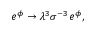
{ e ^ { \phi } \rightarrow { \lambda } ^ { 3 } { \sigma } ^ { - 3 } e ^ { \phi } , }